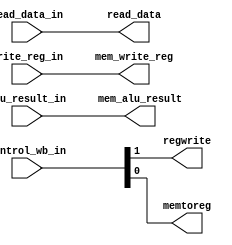
`timescale 1ns / 1ps
/* mem_wb.v */
module mem_wb(
	input		wire	[1:0]		control_wb_in,
	input		wire	[31:0]	read_data_in, alu_result_in,
	input		wire	[4:0]		write_reg_in,
	output	reg				regwrite, memtoreg,
	output	reg	[31:0]	read_data, mem_alu_result,
	output	reg	[4:0]		mem_write_reg
    );

initial begin
	regwrite <= 0;
	memtoreg<= 0;
	read_data<= 0;
	mem_alu_result<= 0;
	mem_write_reg<= 0;
	//finish this thread
end

always@* begin
	#1
	//finish this thread 
	regwrite <= control_wb_in[1]; 
	memtoreg <= control_wb_in[0];
	read_data <= read_data_in;
	mem_alu_result <= alu_result_in;
	mem_write_reg <= write_reg_in;
end

endmodule // mem_wb